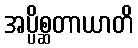
အပ္ပိစ္ဆတာယာတိ